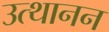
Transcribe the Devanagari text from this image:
उत्थानन